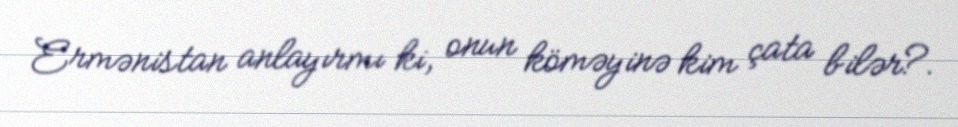
Ermənistan anlayırmı ki, onun köməyinə kim çata bilər?.